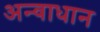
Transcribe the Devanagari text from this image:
अन्वाधान